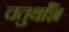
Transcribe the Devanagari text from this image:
चतुर्थाँश